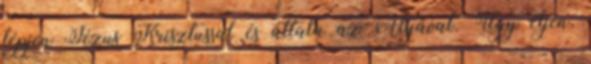
lépjen Jézus Krisztussal és általa az Atyával. Úgy éljen,